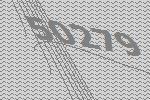
50279